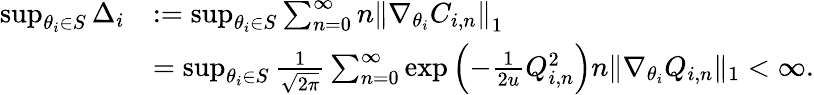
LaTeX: \begin{array}{rl}{\operatorname*{sup}_{\theta_{i}\in S}\Delta_{i}}&{:=\operatorname*{sup}_{\theta_{i}\in S}\sum_{n=0}^{\infty}n\left\| \nabla_{\theta_{i}}C_{i,n}\right\| _{1}}\\ &{=\operatorname*{sup}_{\theta_{i}\in S}\frac{1}{\sqrt{2\pi}}\sum_{n=0}^{\infty}\exp\left(-\frac{1}{2u}Q_{i,n}^{2}\right)n\| \nabla_{\theta_{i}}Q_{i,n}\| _{1}<\infty.}\end{array}